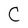
Character: C